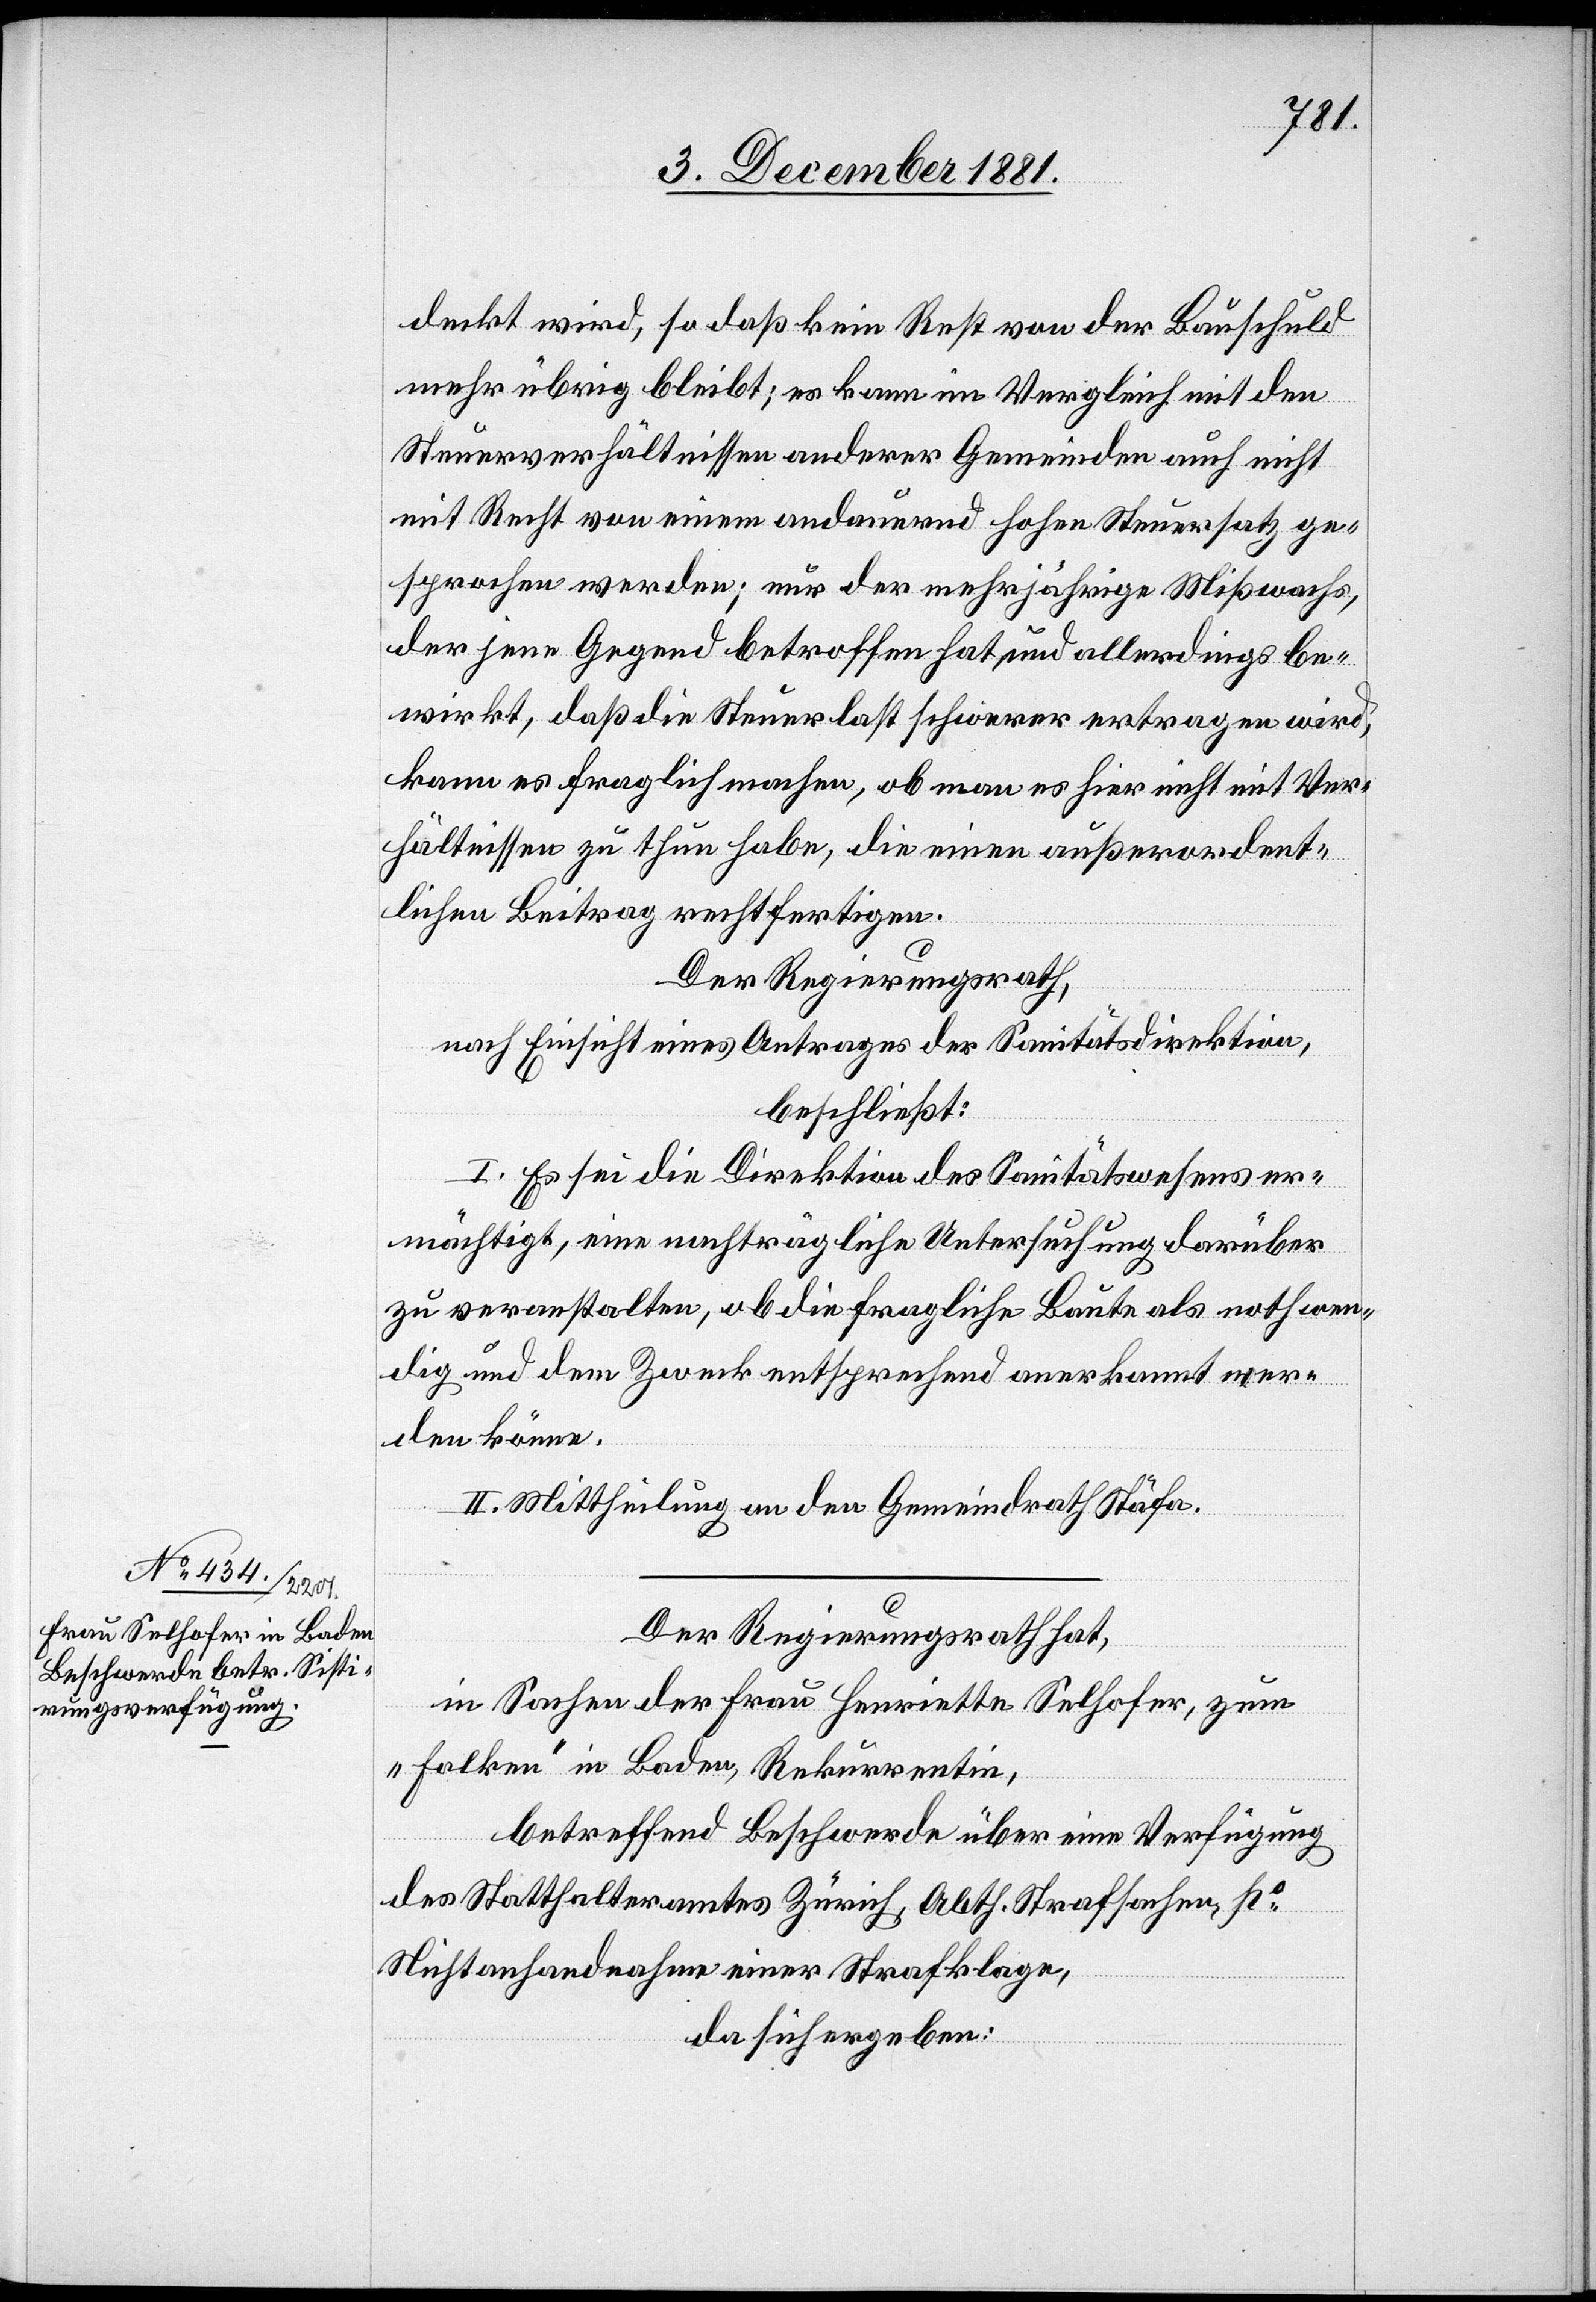
deckt wird, so daß kein Rest von der Bauschuld
mehr übrig bleibt; es kann im Vergleich mit den
Steuerverhältnissen anderer Gemeinden auch nicht
mit Recht von einem andauernd hohen Steuersatz ge¬
sprochen werden; nur der mehrjährige Mißwachs,
der jene Gegend betroffen hat und allerdings be¬
wirkt, daß die Steuerlast schwerer ertragen wird,
kann es fraglich machen, ob man es hier nicht mit Ver¬
hältnissen zu thun habe, die einen außerordent¬
lichen Beitrag rechtfertigen.
Der Regierungsrath,
nach Einsicht eines Antrages der Sanitätsdirektion,
beschließt:
I. Es sei die Direktion des Sanitätswesens er¬
mächtigt, eine nachträgliche Untersuchung darüber
zu veranstalten, ob die fragliche Baute als nothwen¬
dig und dem Zweck entsprechend anerkannt wer¬
den könne.
II. Mittheilung an den Gemeindrath Stäfa.
Der Regierungsrath hat,
in Sachen der Frau Henriette Selhofer, zum
„Falken“ in Baden, Rekurrentin,
betreffend Beschwerde über eine Verfügung
des Statthalteramtes Zürich, Abth. Strafsachen, po
Nichtanhandnahme einer Strafklage,
da sich ergeben: